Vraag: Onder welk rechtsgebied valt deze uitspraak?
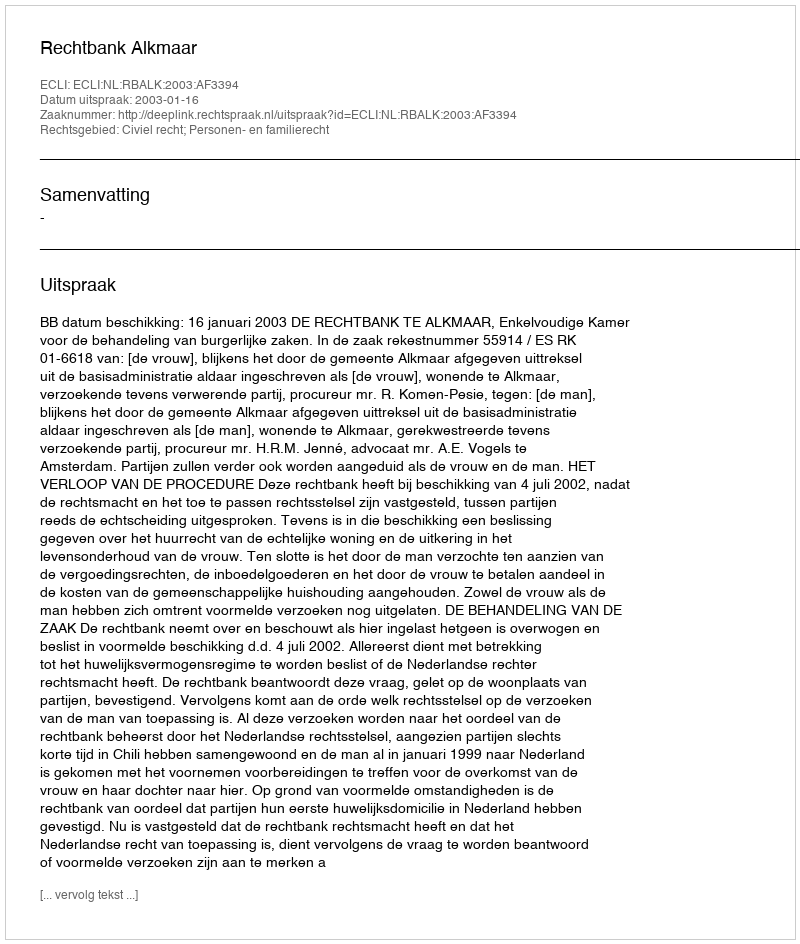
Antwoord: Civiel recht; Personen- en familierecht